Papers set at the Examination for Leaving Certificates, 1892
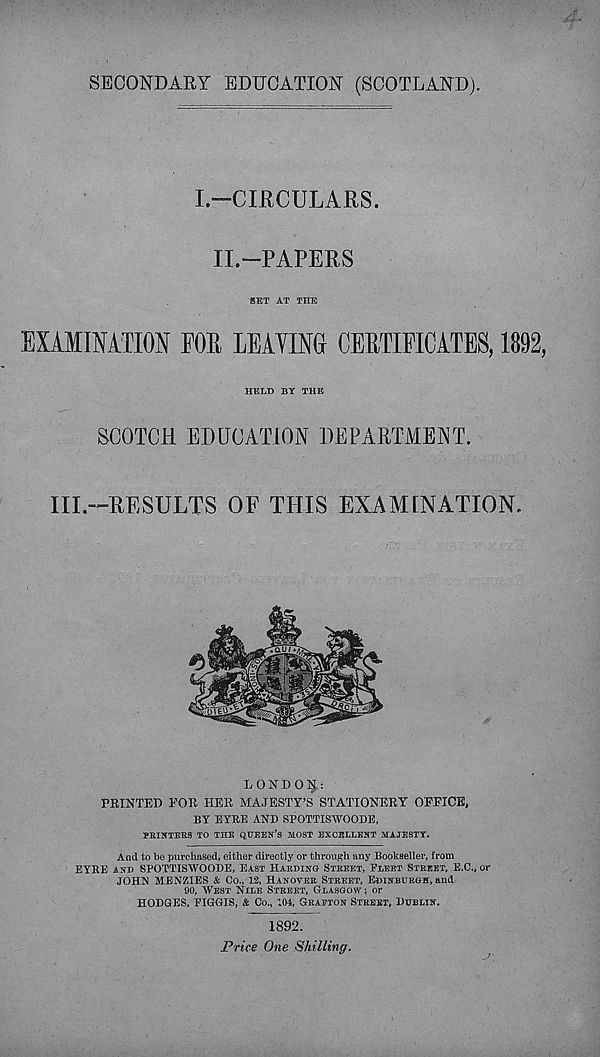
SECONDARY EDUCATION (SCOTLAND).
I.—CIRCULARS.
II.—PAPERS
SET AT THE
EXAMINATION FOR LEAYING CERTIFICATES, 1892,
HELD BY THE
SCOTCH EDUCATION DEPARTMENT.
III.—RESULTS OF THIS EXAMINATION.
LONDOIJ.:
FEINTED FOE HEE MAJESTY’S STATIONEEY OPEICE,
BY EYRE AND SPOTTISWOODE,
PRINTERS TO THE QUEEN’S MOST EXCELLENT MAJESTY.
And to be purchased, either directly or through any Bookseller, from
EYRE AND SPOTTISWOODE, EAST HARDING STREET, FLEET STREET, E.C., or
JOHN MBNZIES & Co., 12, HANOVER STREET, EDINBURGH, and
90, WEST NILE STREET, GLASGOW; or
HODGES, FIGGIS, & Co., 104, GRAETON STREET, DUBLIN.
1892.
Price One Shilling.